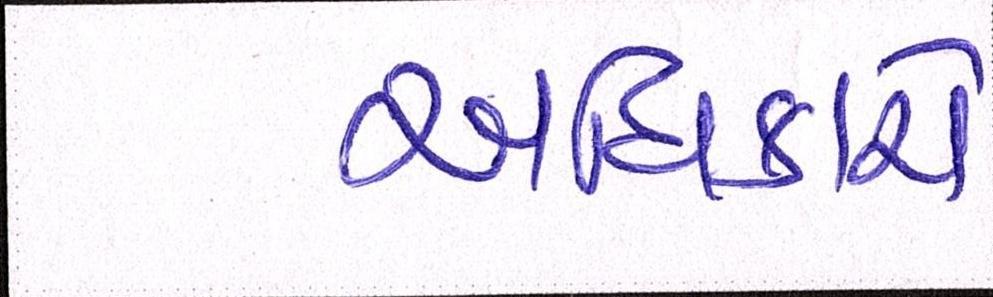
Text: અધિકારો